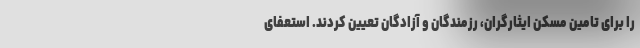
را برای تامین مسکن ایثارگران، رزمندگان و آزادگان تعیین کردند. استعفای